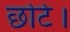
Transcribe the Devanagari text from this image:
छोटे।